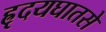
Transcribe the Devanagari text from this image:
ह्रृदयघातसे